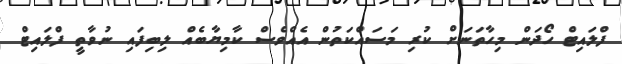
ފްލައިޓް ހޯދަން މިހާތަނަށް ކުރި މަސައްކަތުން އެއްވެސް ކާމިޔާބެއް ލިބިފައި ނުވާތީ ފްލައިޓް